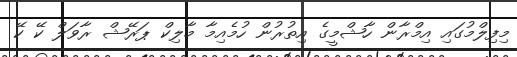
މިފިލްމުގައި އިމްރާން ހާޝްމީގެ އިތުރުން ހުމެއިމާ މާލިކް ޕަރޭޝް ރާވަލް ކޭ ކޭ